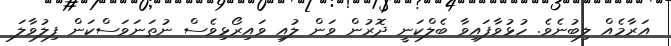
އަރާމެއް ލިބުނެވެ. ހުޅުވާފައިވާ ބެލްކަނީ ދޮރުން ވަން ލުއި ވައިރޯޅިވެސް ނުތަނަވަސްކަން ފިލުވާލަ